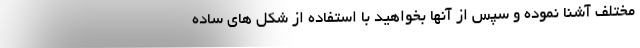
مختلف آشنا نموده و سپس از آنها بخواهید با استفاده از شکل های ساده